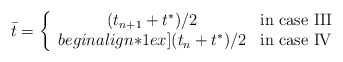
\begin{align*}\bar t =\left\{\begin{array}{cl}(t_{n+1} + t^*)/2 & \textrm{in case III} \\begin{align*}1ex](t_{n} + t^*)/2 & \textrm{in case IV}\end{array}\right.\end{align*}